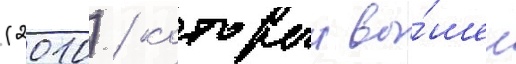
(2010) / которыи вы́шел